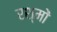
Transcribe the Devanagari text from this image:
रश्मों